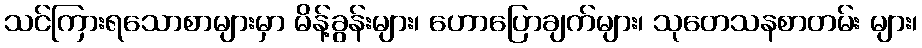
သင်ကြားရသောစာများမှာ မိန့်ခွန်းများ၊ ဟောပြောချက်များ၊ သုတေသနစာတမ်း များ၊